Report on enteric fever
Disease focus: Fever
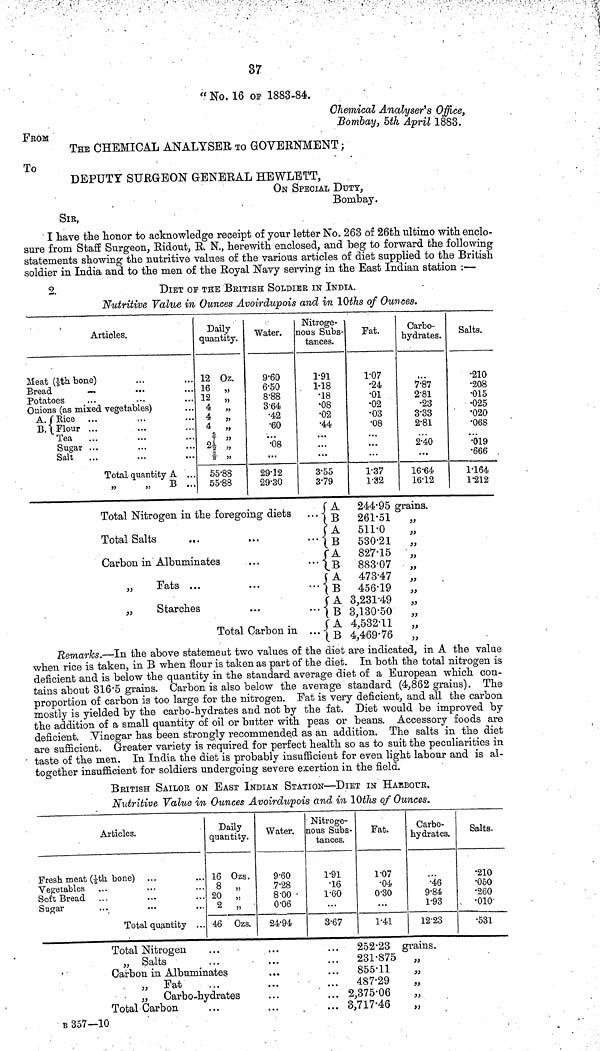
37
" No. 16 OP 1883-84.
Chemical Analyser's Office,
Bombay, 5th April 1883.
FROM
THE CHEMICAL ANALYSER TO GOVERNMENT;
To
DEPUTY SURGEON GENERAL HEWLETT,
ON SPECIAL DUTY,
Bombay.
SIR,
I have the honor to acknowledge receipt of your letter No. 263 of 26th ultimo with enclo-
sure from Staff Surgeon, Ridout, R. N., herewith enclosed, and beg to forward the following
statements showing the nutritive values of the various articles of diet supplied to the British
soldier in India and to the men of the Royal Navy serving in the East Indian station :—
2.
DIET OF THE BRITISH SOLDIER IN INDIA.
Nutritive Value in Ounces Avoirdupois and in 10ths of Ounces.
Articles.
Meat (1/5th bone)
Bread
Potatoes
Onions (as mixed vegetables)
A. Rice
B. Flour
Tea
Sugar
Salt
Total quantity A
,,
,,
B
Daily
quantity.
12 Oz.
16
,
12
,
4
4
4
5/3
2½
55.88
55.88
Water.
9.60
6.50
8.88
3.64
•42
•60
...
•08
...
29.12
29.30
Nitroge-
nous Subs-
tances.
1.91
1.18
•18
•08
•02
•44
...
...
3.55
3.79
Fat.
1.07
•24
•01
•02
•03
•08
...
...
...
1.37
1.32
Carbo-
hydrates.
7.87
2.81
•23
3.33
2.81
2.40
...
16.64
16.12
Salts.
•210
•208
•015
•025
. 020
•068
...
•019
•666
1164
1.212
Total Nitrogen in the foregoing diets
Total Salts
Carbon in Albuminates
„
Fats ...
„
Starches
Total Carbon in
A
244.95 grains.
•••B
261.51 „
A
511.0
„
•••B
530.21
„
A
827.15
,,
...B
883.07
„
A 473.47
„
... B 456.19
„
A
3,231.49
„
B 3,130.50
„
A 4,532.11 „
B
4,469.76 „
Remarks.—In the above statement two values of the diet are indicated, in A the value
when rice is taken, in B when flour is taken as part of the diet. In both the total nitrogen is
deficient and is below the quantity in the standard average diet of a European which con-
tains about 316.5 grains. Carbon is also below the average standard (4,862 grains). The
proportion of carbon is too large for the nitrogen. Fat is very deficient, and all the carbon
mostly is yielded by the carbo-hydrates and not by the fat. Diet would be improved by
the addition of a small quantity of oil or butter with peas or beans. Accessory foods are
deficient. Vinegar has been strongly recommended as an addition. The salts in the diet
are sufficient. Greater variety is required for perfect health so as to suit the peculiarities in
taste of the men. In India the diet is probably insufficient for even light labour and is al-
together insufficient for soldiers undergoing severe exertion in the field.
BRITISH SAILOR ON EAST INDIAN STATION—DIET IN
harbour.
Nutritive Value in Ounces Avoirdupois and in 10ths of Ounces.
Articles.
Fresh meat (1/5th bone)
Vegetables
Soft Bread ...
Sugar
Total quantity ...
Daily
quantity.
16 Ozs.
8 „
20 „
2 „
46 Ozs.
Water.
9.60
7.28
8.00
0.06
24.94
Nitroge-
nous Subs-
tances.
1.91
•16
1.60
...
3.67
Fat.
1.07
•04
0.30
...
1.41
Carbo-
hydrates.
•46
9.84
1.93
12.23
Salts.
•210
•050
•260
.010
•531
Total Nitrogen
„ Salts
Carbon in Albuminates
„ Fat
„ Carbo-hydrates
Total Carbon
252.23 grains.
...
231.875 „
...
855.11
... 487.29
... 2,375.06
... 3,717.46
„
B 357—10